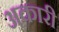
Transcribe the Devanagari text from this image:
अकारी